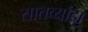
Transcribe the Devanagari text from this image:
सातव्यांदा